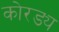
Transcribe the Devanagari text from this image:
कोरड्य